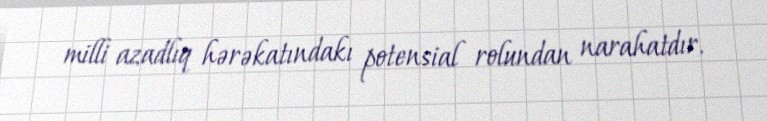
milli azadlıq hərəkatındakı potensial rolundan narahatdır.